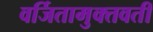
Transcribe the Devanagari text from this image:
वर्जितामुक्तवतीं